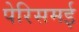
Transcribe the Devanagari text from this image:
पेरिसमई